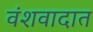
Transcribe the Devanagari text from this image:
वंशवादात